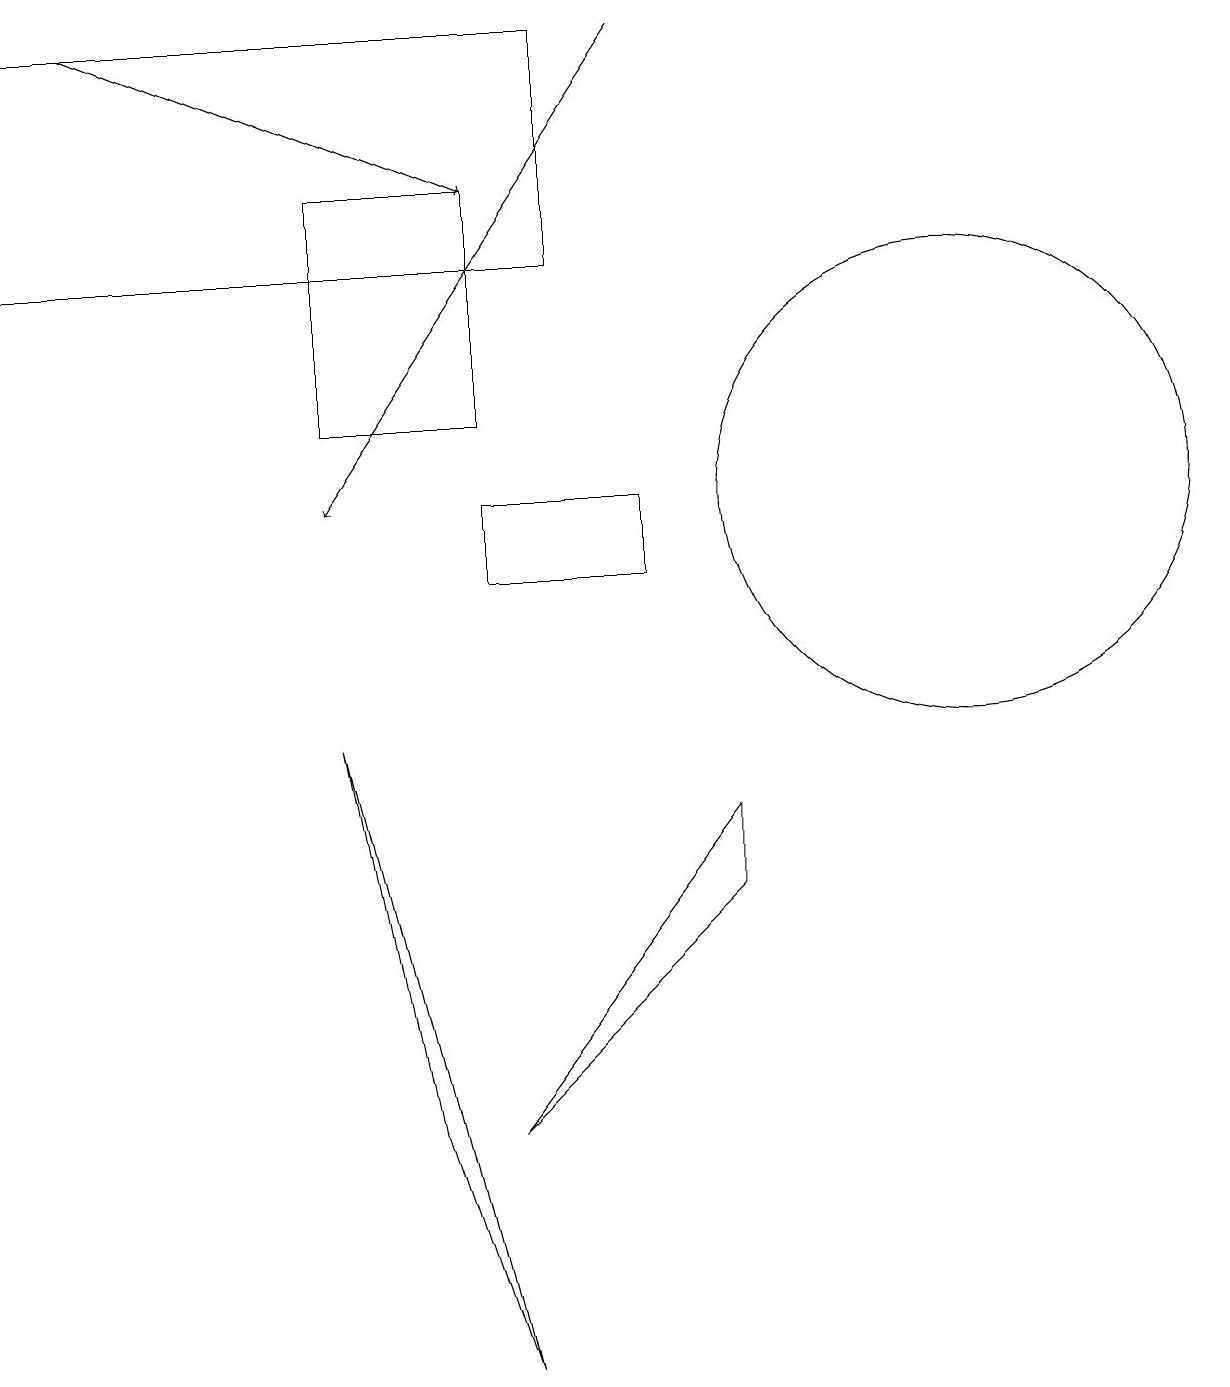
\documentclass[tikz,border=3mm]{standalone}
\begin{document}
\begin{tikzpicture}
\draw (6,1) -- (4,9) -- (5,4) -- cycle;
\draw (6,4) -- (9,8) -- (9,7) -- cycle;
\draw (6,11) rectangle (8,12);
\draw (12,12) circle (3);
\draw (0,18) rectangle (7,15);
\draw (6,16) rectangle (4,13);
\draw[->] (8,18) -- (4,12);
\draw[->] (1,18) -- (6,16);
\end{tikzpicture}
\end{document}